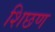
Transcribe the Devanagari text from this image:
शिछण